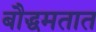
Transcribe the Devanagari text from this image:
बौद्धमतात